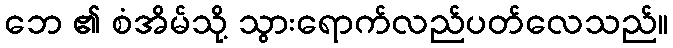
ဘေ ၏ စံအိမ်သို့ သွားရောက်လည်ပတ်လေသည်။